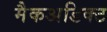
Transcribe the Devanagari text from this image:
मैकअडिक्ट